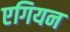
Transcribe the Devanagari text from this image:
एगियन